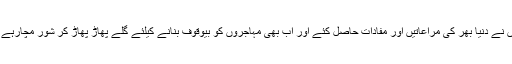
انہوں نے دنیا بھر کی مراعاتیں اور مفادات حاصل کئے اور اب بھی مہاجروں کو بیوقوف بنانے کیلئے گلے پھاڑ پھاڑ کر شور مچارہے ہیں۔